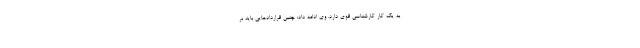
به یک کار کارشناسی قوی دارد. وی ادامه داد: چنین قراردادهایی باید بر